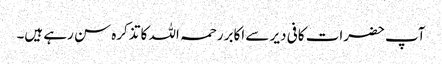
آپ حضرات کافی دیر سے اکابر رحمہ اللہ کا تذکرہ سن رہے ہیں۔